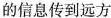
的信息传到远方